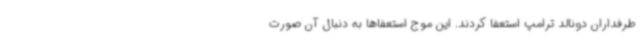
طرفداران دونالد ترامپ استعفا کردند. این موج استعفاها به دنبال آن صورت